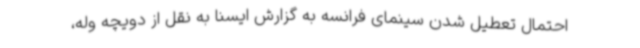
احتمال تعطیل شدن سینمای فرانسه به گزارش ایسنا به نقل از دویچه وله،